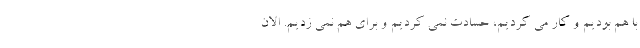
با هم بودیم و کار می کردیم، حسادت نمی کردیم و برای هم نمی زدیم. الان